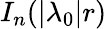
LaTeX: I_{n}(|\lambda_{0}|r)